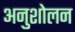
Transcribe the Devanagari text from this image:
अनुशोलन